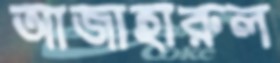
আজাহারুল